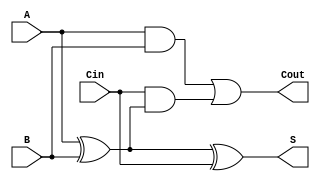
module full_adder (
    input wire A,      // First significant bit
    input wire B,      // Second significant bit
    input wire Cin,    // Carry-in bit
    output wire S,     // Sum output
    output wire Cout   // Carry-out output
);

// Intermediate signal for XOR operation
wire X;

// XOR operation to compute the sum
assign X = A ^ B;      // First XOR gate
assign S = X ^ Cin;    // Second XOR gate for final sum

// Carry-out operation
assign Cout = (A & B) | (Cin & X); // Carry-out computation

endmodule